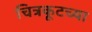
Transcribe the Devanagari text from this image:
चित्रकूटच्या